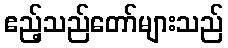
ဧည့်သည်တော်များသည်